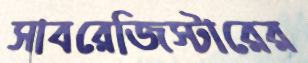
সাবরেজিস্টারের